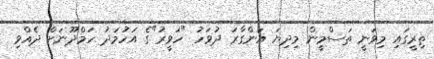
ތިރީގައި މިވަނީ ތަސްމީން މިދިޔަ އަންގާރަ ދުވަހު "ހަވީރު"ގެ އަހުމަދު ހަމްދޫނަށް ދެއްވި